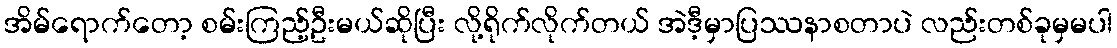
အိမ်ရောက်တော့ စမ်းကြည့်ဦးမယ်ဆိုပြီး လို့ရိုက်လိုက်တယ် အဲဒီ့မှာပြဿနာစတာပဲ လည်းတစ်ခုမှမပါ